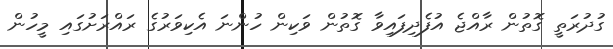
ގުދުރަތީ ގޮތުން ރާއްޖެ އުފެދިފައިވާ ގޮތުން ވަކިން ހުންނަ އެކިވަރުގެ ރައްރަށުގައި މީހުން